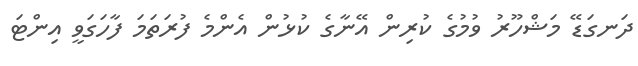
ދަނގަޑޭ މަޝްހޫރު ވުމުގެ ކުރިން އޭނާގެ ކުޅުން އެންމެ ފުރަތަމަ ފާހަގަވީ އިންޓަ